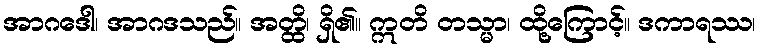
အာဂဒေါ၊ အာဂဒသည်။ အတ္ထိ၊ ရှိ၏။ ဣတိ တသ္မာ၊ ထို့ကြောင့်။ ဒကာရဿ၊